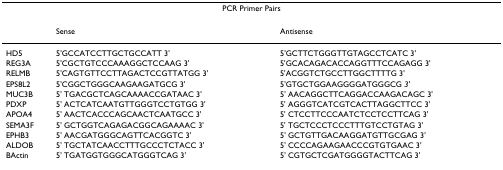
| <COLSPAN=3> PCR Primer Pairs |
 | --- | --- | --- |
 |  | Sense | Antisense |
 | HD5 | 5'GCCATCCTTGCTGCCATT 3' | 5'GCTTCTGGGTTGTAGCCTCATC 3' |
 | REG3A | 5'CGCTGTCCCAAAGGCTCCAAG 3' | 5'GCACAGACACCAGGTTTCCAGAGG 3' |
 | RELMB | 5'CAGTGTTCCTTAGACTCCGTTATGG 3' | 5'ACGGTCTGCCTTGGCTTTTG 3' |
 | EPS8L2 | 5'CGGCTGGGCAAGAAGATGCG 3' | 5'GTGCTGGAAGGGGATGGGCG 3' |
 | MUC3B | 5' TGACGCTCAGCAAAACCGATAAC 3' | 5' AACAGGCTTCAGGACCAAGACAGC 3' |
 | PDXP | 5' ACTCATCAATGTTGGGTCCTGTGG 3' | 5' AGGGTCATCGTCACTTAGGCTTCC 3' |
 | APOA4 | 5' AACTCACCCAGCAACTCAATGCC 3' | 5' CTCCTTCCCAATCTCCTCCTTCAG 3' |
 | SEMA3F | 5' GCTGGTCAGAGACGGCAGAAAAC 3' | 5' TGCTCCCTCCCTTTGTCCTGTAG 3' |
 | EPHB3 | 5' AACGATGGGCAGTTCACGGTC 3' | 5' GCTGTTGACAAGGATGTTGCGAG 3' |
 | ALDOB | 5' TGCTATCAACCTTTGCCCTCTACC 3' | 5' CCCCAGAAGAACCCGTGTGAAC 3' |
 | BActin | 5' TGATGGTGGGCATGGGTCAG 3' | 5' CGTGCTCGATGGGGTACTTCAG 3' |